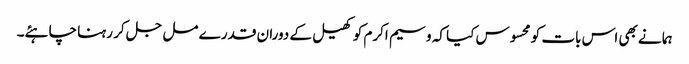
ہما نے بھی اس بات کو محسوس کیا کہ وسیم اکرم کو کھیل کے دوران قدرے مل جل کر رہنا چاہئے۔